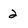
Character: 2